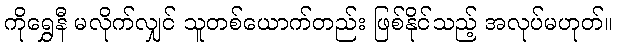
ကိုရွှေနီ မလိုက်လျှင် သူတစ်ယောက်တည်း ဖြစ်နိုင်သည့် အလုပ်မဟုတ်။